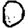
Digit: 0